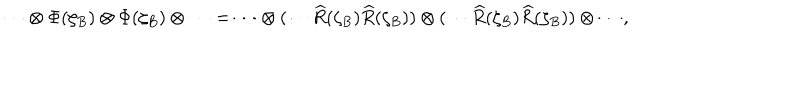
LaTeX: \cdots \otimes \Phi ( \zeta _ { B } ) \otimes \Phi ( \zeta _ { B } ) \otimes \cdots = \cdots \otimes ( \cdots \widehat { R } ( \zeta _ { B } ) \widehat { R } ( \zeta _ { B } ) ) \otimes ( \cdots \widehat { R } ( \zeta _ { B } ) \widehat { R } ( \zeta _ { B } ) ) \otimes \cdots ,